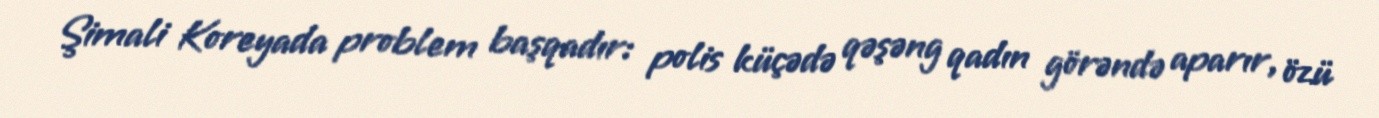
Şimali Koreyada problem başqadır: polis küçədə qəşəng qadın görəndə aparır, özü